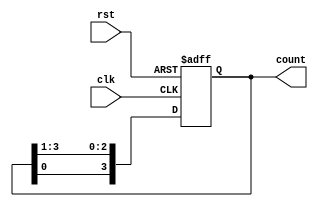
`timescale 1ns / 1ps
//////////////////////////////////////////////////////////////////////////////////
// Company: 
// Engineer: 
// 
// Design Name: 
// Module Name: ring__counter
// Project Name: 
// Target Devices: 
// Tool Versions: 
// Description: 
// 
// Dependencies: 
// 
// Revision:
// Revision 0.01 - File Created
// Additional Comments:
// 
//////////////////////////////////////////////////////////////////////////////////


module ring__counter(clk,rst,count);
input clk,rst;
output reg [3:0] count=4'b1000;



always @(posedge clk,posedge rst)
begin
 if(rst)
 count<=4'b1000;
 else
  count<= {count[0],count[3:1]};
  end
  

endmodule